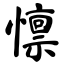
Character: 懔